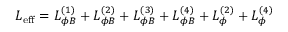
{ \cal L } _ { \mathrm { e f f } } = { \cal L } _ { \phi B } ^ { ( 1 ) } + { \cal L } _ { \phi B } ^ { ( 2 ) } + { \cal L } _ { \phi B } ^ { ( 3 ) } + { \cal L } _ { \phi B } ^ { ( 4 ) } + { \cal L } _ { \phi } ^ { ( 2 ) } + { \cal L } _ { \phi } ^ { ( 4 ) }